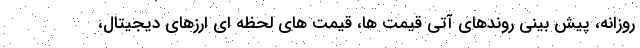
روزانه، پیش بینی روندهای آتی قیمت ها، قیمت های لحظه ای ارزهای دیجیتال،